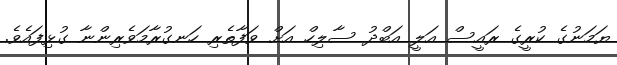
ޔަމަނުގެ ކުރީގެ ރައީސް އަލީ އަބްދު ސާލިހް އަށް ވަފާތެރި ހަނގުރާމަވެރިންނާ ގުޅިފައެވެ.